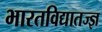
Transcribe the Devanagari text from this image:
भारतविद्यातज्ज्ञ